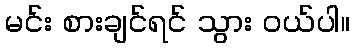
မင်း စားချင်ရင် သွား ဝယ်ပါ။